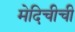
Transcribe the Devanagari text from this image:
मेदिचीची